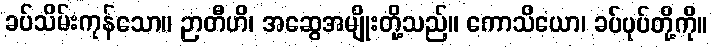
ခပ်သိမ်းကုန်သော။ ဉာတီဟိ၊ အဆွေအမျိုးတို့သည်။ ကောသိယော၊ ခပ်ပုပ်တို့ကို။